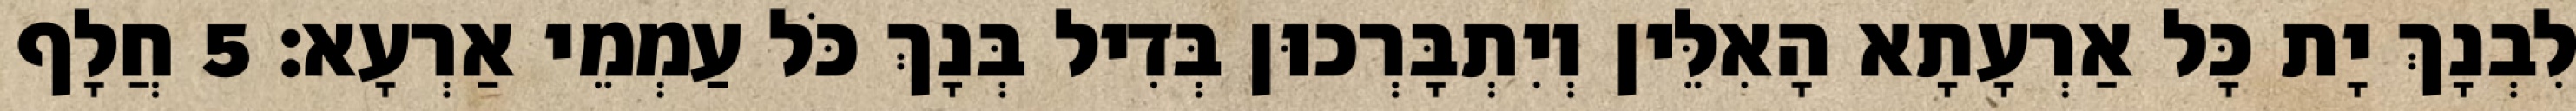
לִבְנָךְ יָת כָּל אַרְעָתָא הָאִלֵּין וְיִתְבָּרְכוּן בְּדִיל בְּנָךְ כֹּל עַמְמֵי אַרְעָא׃ 5 חֲלָף